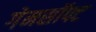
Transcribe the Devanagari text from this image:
गेमसॉफ्ट